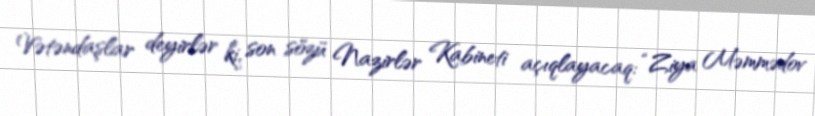
Vətəndaşlar deyirlər ki, son sözü Nazirlər Kabineti açıqlayacaq: “Ziya Məmmədov